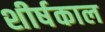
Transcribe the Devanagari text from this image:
शीर्षकाल